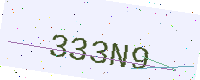
Text: 333N9